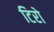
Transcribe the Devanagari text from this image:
टिरो